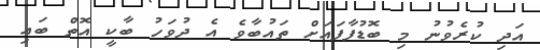
އަދި ކުރެވުނު މި ބޮޑުފާފައަށް ތައުބާވެ އެ ދުވަހު ބާކީ އޮތް ބައި